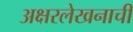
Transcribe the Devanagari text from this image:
अक्षरलेखनाची